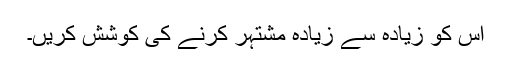
اس کو زیادہ سے زیادہ مشتہر کرنے کی کوشش کریں۔